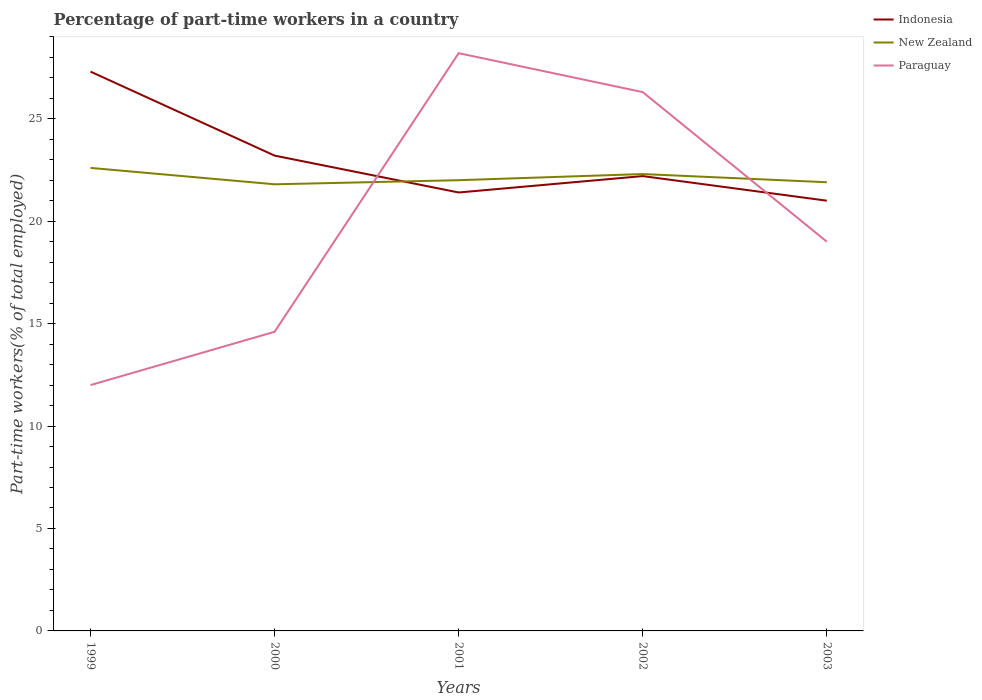
| Years | Indonesia | New Zealand | Paraguay |
 | --- | --- | --- | --- |
 | 1999 | 27.3 | 22.6 | 12 |
 | 2000 | 23.2 | 21.8 | 14.6 |
 | 2001 | 21.4 | 22 | 28.2 |
 | 2002 | 22.2 | 22.3 | 26.3 |
 | 2003 | 21 | 21.9 | 19 |